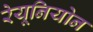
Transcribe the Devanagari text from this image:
रेयूनियोन